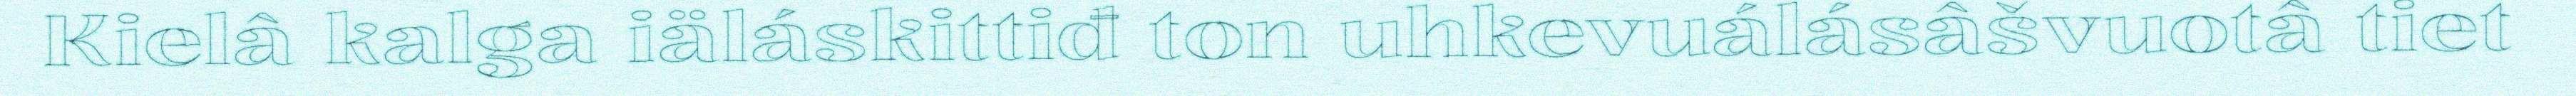
Kielâ kalga iäláskittiđ ton uhkevuálásâšvuotâ tiet